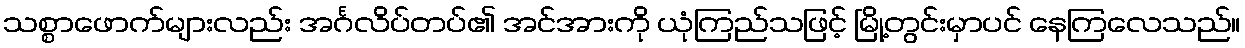
သစ္စာဖောက်များလည်း အင်္ဂလိပ်တပ်၏ အင်အားကို ယုံကြည်သဖြင့် မြို့တွင်းမှာပင် နေကြလေသည်။